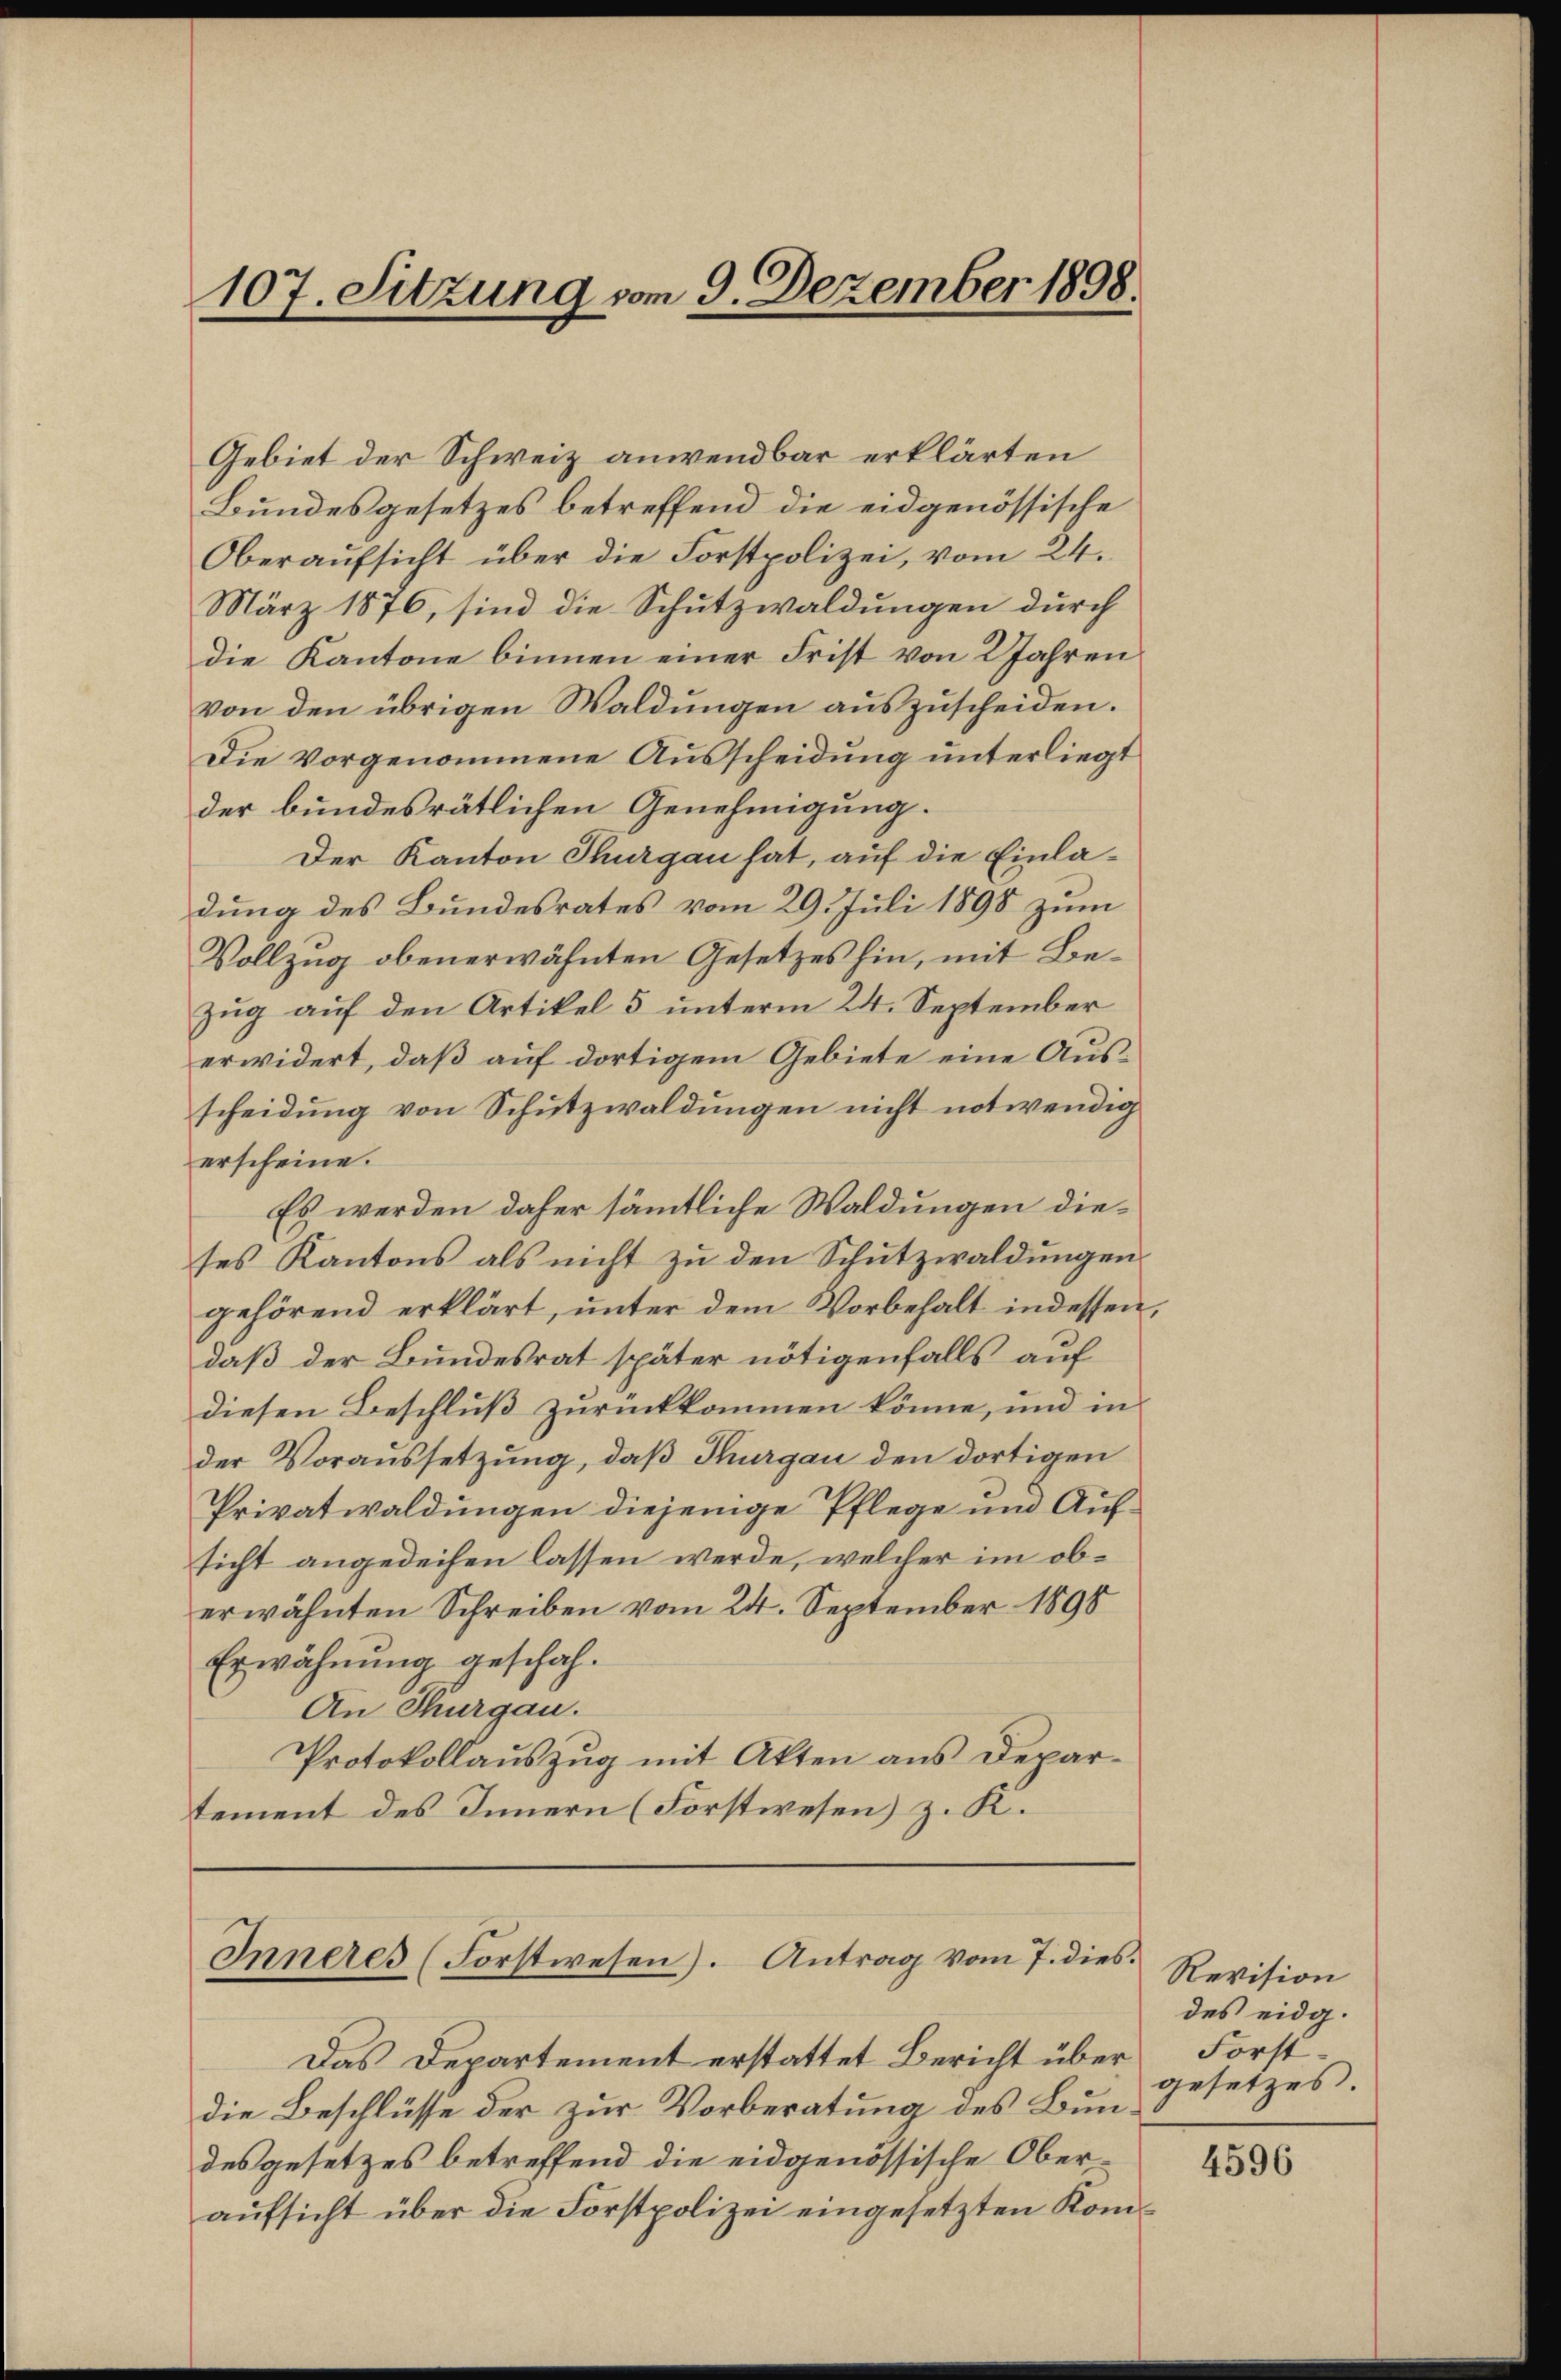
107. Sitzung vom 9. Dezember 1898.

Gebiet der Schweiz anwendbar erklärten
Bundesgesetzes betreffend die eidgenössische
Oberaŭfsicht über die Forstpolizei, vom 24.
März 1876, sind die Schutzwaldungen durch
die Kantone binnen einer Frist von 2 Jahren
von den übrigen Waldungen auszuscheiden.
Die vorgenommene Ausscheidung unterliegt
der bundesrätlichen Genehmigung.
Der Kanton Thurgau hat, auf die Einladung des Bundesrates vom 29. Juli 1898 zum
Vollzug obenerwähnten Gesetzes hin, mit Be¬
Zug auf den Artikel 5 unterm 24. September
erwidert, daß auf dortigem Gebiete eine Ausscheidung von Schutzwaldungen nicht notwendig
erscheine.
Es werden daher sämmtliche Waldungen dieses Kantons als nicht zŭ den Schŭtzwaldungen.
gehörend erklärt, unter dem Vorbehalt indessen,
daß der Bundesrat später nötigenfalls auf
diesen Beschluß zurückkommen könne, und in
der Voraussetzung, daß Thurgau den dortigen
Privatwaldungen diejenige Pflege und Aufsicht angedeihen lassen werde, welcher im oberwähnten Schreiben vom 24. September 1898
Erwähnung geschah.
An Thurgau.
Protokollauszug mit Akten aus Departement des Innern (Forstwesen) z. K.

Inneres (Forstwesen). Antrag vom 7. dies

Das Departement erstattet Bericht über
die Beschlüsse der zur Vorberatung des Bundes gesetzes betreffend die eidgenössische Oberaufsicht über die Forstpolizei eingesetzten Kom¬

Revision
des eidg.
Forstgesetzes.

4596